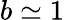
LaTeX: b\simeq 1